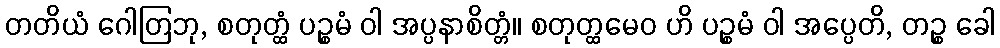
တတိယံ ဂေါတြဘု, စတုတ္ထံ ပဉ္စမံ ဝါ အပ္ပနာစိတ္တံ။ စတုတ္ထမေဝ ဟိ ပဉ္စမံ ဝါ အပ္ပေတိ, တဉ္စ ခေါ